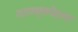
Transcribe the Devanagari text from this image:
दाराशुकोहला